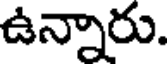
ఉన్నారు.